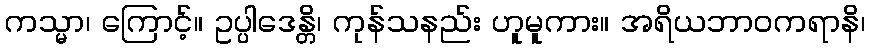
ကသ္မာ၊ ကြောင့်။ ဥပ္ပါဒေန္တိ၊ ကုန်သနည်း ဟူမူကား။ အရိယဘာဝကရာနိ၊